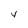
Character: V